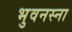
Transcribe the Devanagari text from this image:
भुवनस्ना